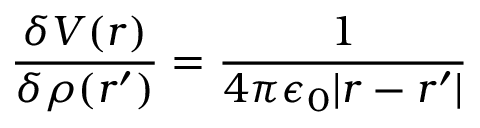
{ \frac { \delta V ( r ) } { \delta \rho ( r ^ { \prime } ) } } = { \frac { 1 } { 4 \pi \epsilon _ { 0 } | r - r ^ { \prime } | } }